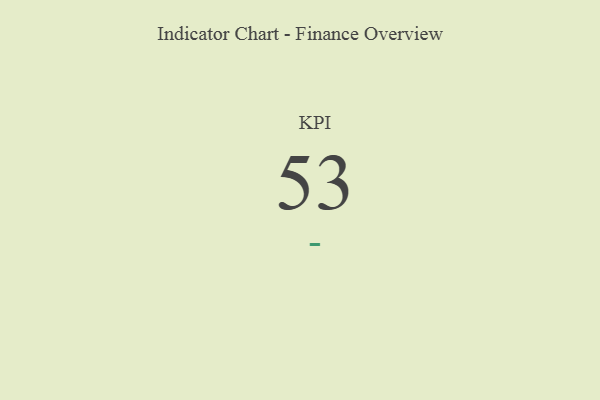
{"axis": {"x": "KPI", "y": "Value"}, "legend": [""], "data": [{"x": "KPI", "y": 53, "type": ""}]}